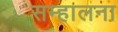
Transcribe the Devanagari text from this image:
सम्हालना